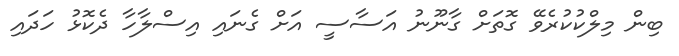
ބިން މިލްކުކުރެވޭ ގޮތަށް ގާނޫނު އަސާސީ އަށް ގެނައި އިސްލާހާ ދެކޮޅު ހަދައި